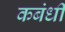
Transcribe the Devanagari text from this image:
कबंधी